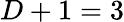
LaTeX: D+1=3